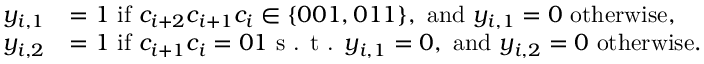
\begin{array} { r l } { y _ { i , 1 } } & { = 1 \mathrm { ~ i f ~ } c _ { i + 2 } c _ { i + 1 } c _ { i } \in \{ 0 0 1 , 0 1 1 \} , \mathrm { ~ a n d ~ } y _ { i , 1 } = 0 \mathrm { ~ o t h e r w i s e } , } \\ { y _ { i , 2 } } & { = 1 \mathrm { ~ i f ~ } c _ { i + 1 } c _ { i } = 0 1 \textup { s . t . } y _ { i , 1 } = 0 , \mathrm { ~ a n d ~ } y _ { i , 2 } = 0 \mathrm { ~ o t h e r w i s e } . } \end{array}